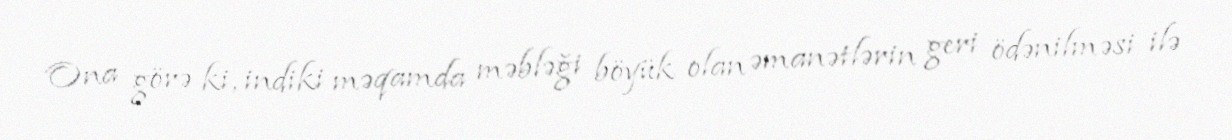
Ona görə ki, indiki məqamda məbləği böyük olan əmanətlərin geri ödənilməsi ilə